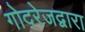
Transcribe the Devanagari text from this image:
गोदरेजद्वारा